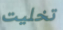
تخليت